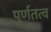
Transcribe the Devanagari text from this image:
पूर्णतत्व